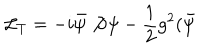
LaTeX: { \cal L } _ { T } = - i \bar { \psi } \not { \partial } \psi - \frac { 1 } { 2 } g ^ { 2 } ( \bar { \psi }